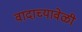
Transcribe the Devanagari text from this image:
वादाच्यावेळी